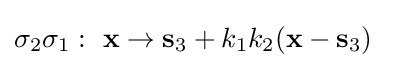
\sigma _{2}\sigma _{1}:\ \mathbf {x} \to \mathbf {s} _{3}+k_{1}k_{2}(\mathbf {x} -\mathbf {s} _{3})\quad